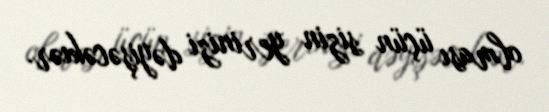
olması üçün sizin yerinizi dəyişəcəkıər.